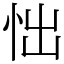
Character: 㤕